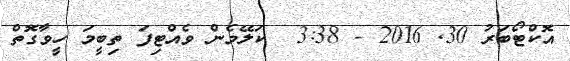
އޮކްޓޯބަރު 30